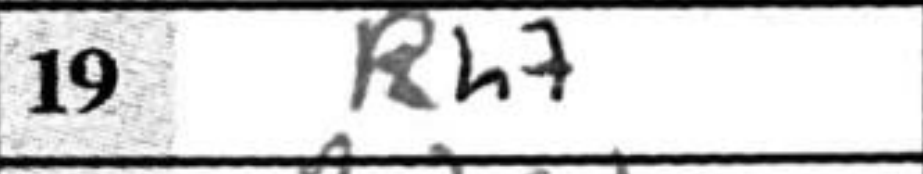
Transcription: Rh7